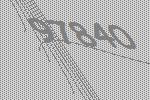
97840